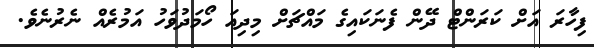
ފިހާރަ އަށް ކަރަންޓް ދޭން ފެނަކައިގެ މައްޗަށް މިދިއަ ހޯމަދުވަހު އަމުރެއް ނެރުނެވެ.